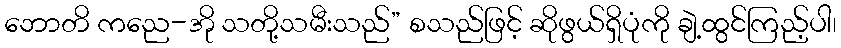
ဘောတိ ကညေ-အို သတို့သမီးသည်” စသည်ဖြင့် ဆိုဖွယ်ရှိပုံကို ချဲ့ထွင်ကြည့်ပါ၊